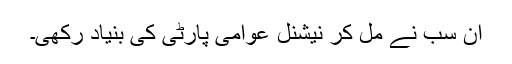
ان سب نے مل کر نیشنل عوامی پارٹی کی بنیاد رکھی۔